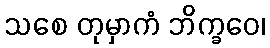
သစေ တုမှာကံ ဘိက္ခဝေ၊